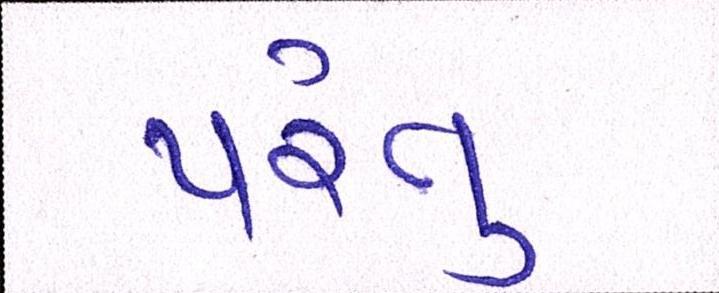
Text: પંરતુ